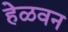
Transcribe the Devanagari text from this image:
हेळवन